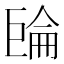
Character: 𢀧